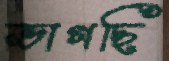
ভাগছি